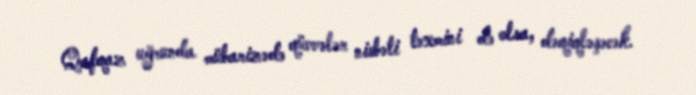
Qafqaz uğrunda mübarizədə qüvvələr nisbəti təxmini də olsa, dəqiqləşəcək.